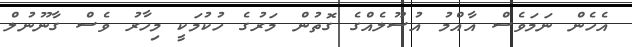
އެހެން ނަމަވެސް އާއްމު އުސޫލެއްގެ ގޮތުން މަރުގެ ހުކުމަކީ މިހާރު ވެސް ގާނޫނުލް